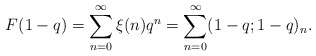
\begin{align*}F(1-q) = \sum_{n=0}^\infty \xi(n)q^n = \sum_{n=0}^\infty (1-q; 1-q)_n.\end{align*}